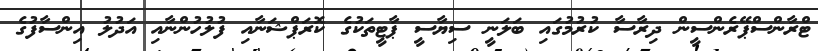
ޓްރާންސްޕޭރެންސީން ދިރާސާ ކުރުމުގައި ބަލަނީ ސިޔާސީ ޕާޓީތަކުގެ ކޮރަޕްޝަނާއި ފުލުހުންނާއި އަދުލު އިންސާފުގެ